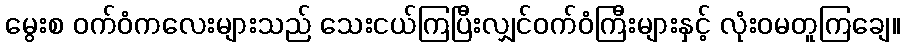
မွေးစ ဝက်ဝံကလေးများသည် သေးငယ်ကြပြီးလျှင်ဝက်ဝံကြီးများနှင့် လုံးဝမတူကြချေ။